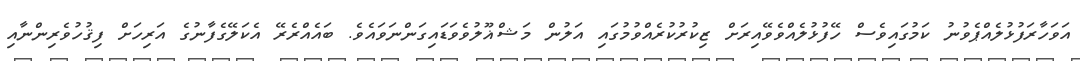
އަވަހާރަފުޅުލެއްޕެވުނު ކަމުގައިވެސް ހޭފުޅުލެއްވެވޭއިރަށް ޒިކުރުކުރެއްވުމުގައި އަލުން މަޝްޣޫލުވެވަޑައިގަންނަވައެވެ. ބައެއްރެރޭ އެކަލޭގެފާނުގެ އަރިހަށް ފިޤުހުވެރިންނާއި